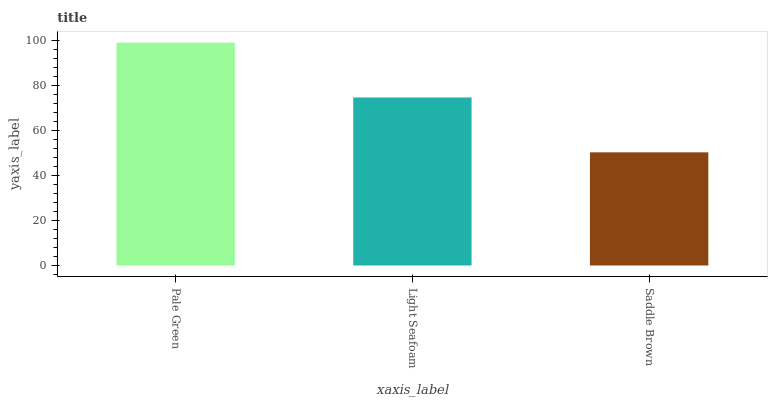
| xaxis_label | bars |
 | --- | --- |
 | Pale Green | 99 |
 | Light Seafoam | 74.6 |
 | Saddle Brown | 50.3 |